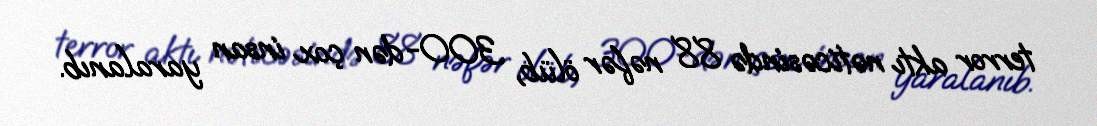
terror aktı nəticəsində 88 nəfər ölüb, 300-dən çox insan yaralanıb.